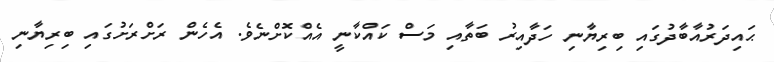
ޙައިދަރުއާބާދުގައި ބިރިޔާނި ހަދާއިރު ބަތާއި މަސް ކައްކާނީ އެއްކޮށްނެވެ. އެހެން ރަށްރަށުގައި ބިރިޔާނި